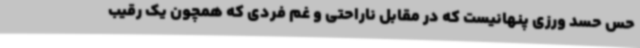
حس حسد ورزی پنهانیست که در مقابل ناراحتی و غم فردی که همچون یک رقیب